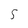
Character: 5